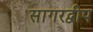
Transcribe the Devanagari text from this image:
सागरद्वीप